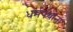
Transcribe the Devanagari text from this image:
धर्मपंथांना